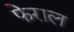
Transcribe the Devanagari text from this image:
फेराल